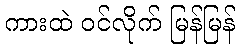
ကားထဲ ဝင်လိုက် မြန်မြန်